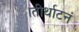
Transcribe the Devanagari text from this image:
।तीर्थाटनं